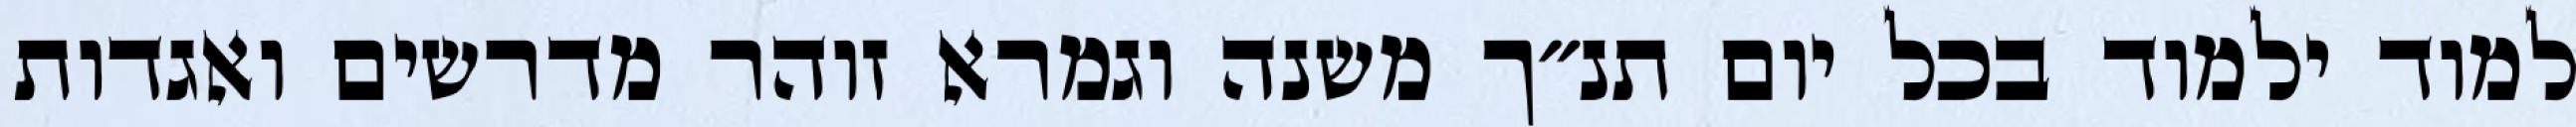
למוד ילמוד בכל יום תנ״ך משנה וגמרא זוהר מדרשים ואגדות